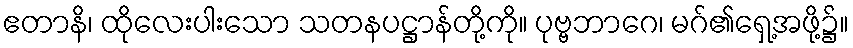
ဧတာနိ၊ ထိုလေးပါးသော သတနပဋ္ဌာန်တို့ကို။ ပုဗ္ဗဘာဂေ၊ မဂ်၏ရှေ့အဖို့၌။